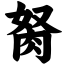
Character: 胬